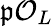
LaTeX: {\mathfrak{p}}{\mathcal{O}}_{L}